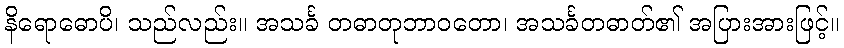
နိရောဓောပိ၊ သည်လည်း။ အသင်္ခ တဓာတုဘာဝတော၊ အသင်္ခတဓာတ်၏ အပြားအားဖြင့်။